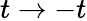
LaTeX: t\to-t